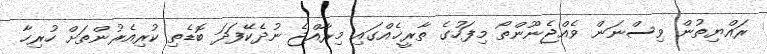
ރައްޔިތުން ވިސްނަން ވެއްޖެނޫންތޯ މިފަހުގެ ތާރީޚެއްގައި މިރާއްޖެ ނުދެކޭފަދަ ބޮޑެތި ކުރިއެރުންތަށް ހުރިހާ